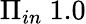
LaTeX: \Pi_{in}~1.0